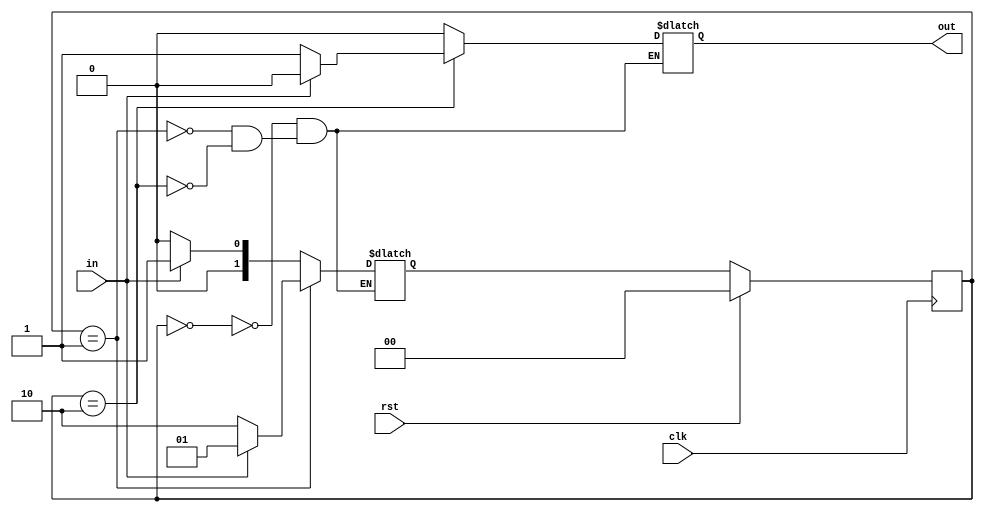
module seq_overlap (out,in,rst,clk);
  input rst,clk,in;
  parameter s0=2'b00,s1=2'b01,s2=2'b10;
  output reg out;
  reg [1:0]state,nstate;
  always @ (posedge clk)
  begin
    if(rst)
      state = s0;
    else
      state = nstate;
  end 
  always @ (state or in)
  begin
    case (state)
      s0 : if(in)
              begin
           nstate = s1;
            out = 0;
              end
           else
              begin
           nstate =s0;
            out = 0;
              end      
      s1 : if(in)
              begin
           nstate = s1;
            out = 0;
              end
           else
              begin
           nstate =s2;
            out = 0;
              end      
       s2 : if(in)
              begin
           nstate = s1;
            out = 0;
              end
           else
              begin
           nstate =s0;
            out = 1;
              end 
            endcase
   end
endmodule